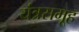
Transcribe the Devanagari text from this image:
यंत्रसमूह